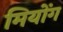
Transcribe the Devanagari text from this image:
मियोंग